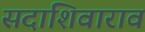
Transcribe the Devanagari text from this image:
सदाशिवाराव